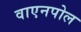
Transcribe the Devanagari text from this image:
वाएनपोल